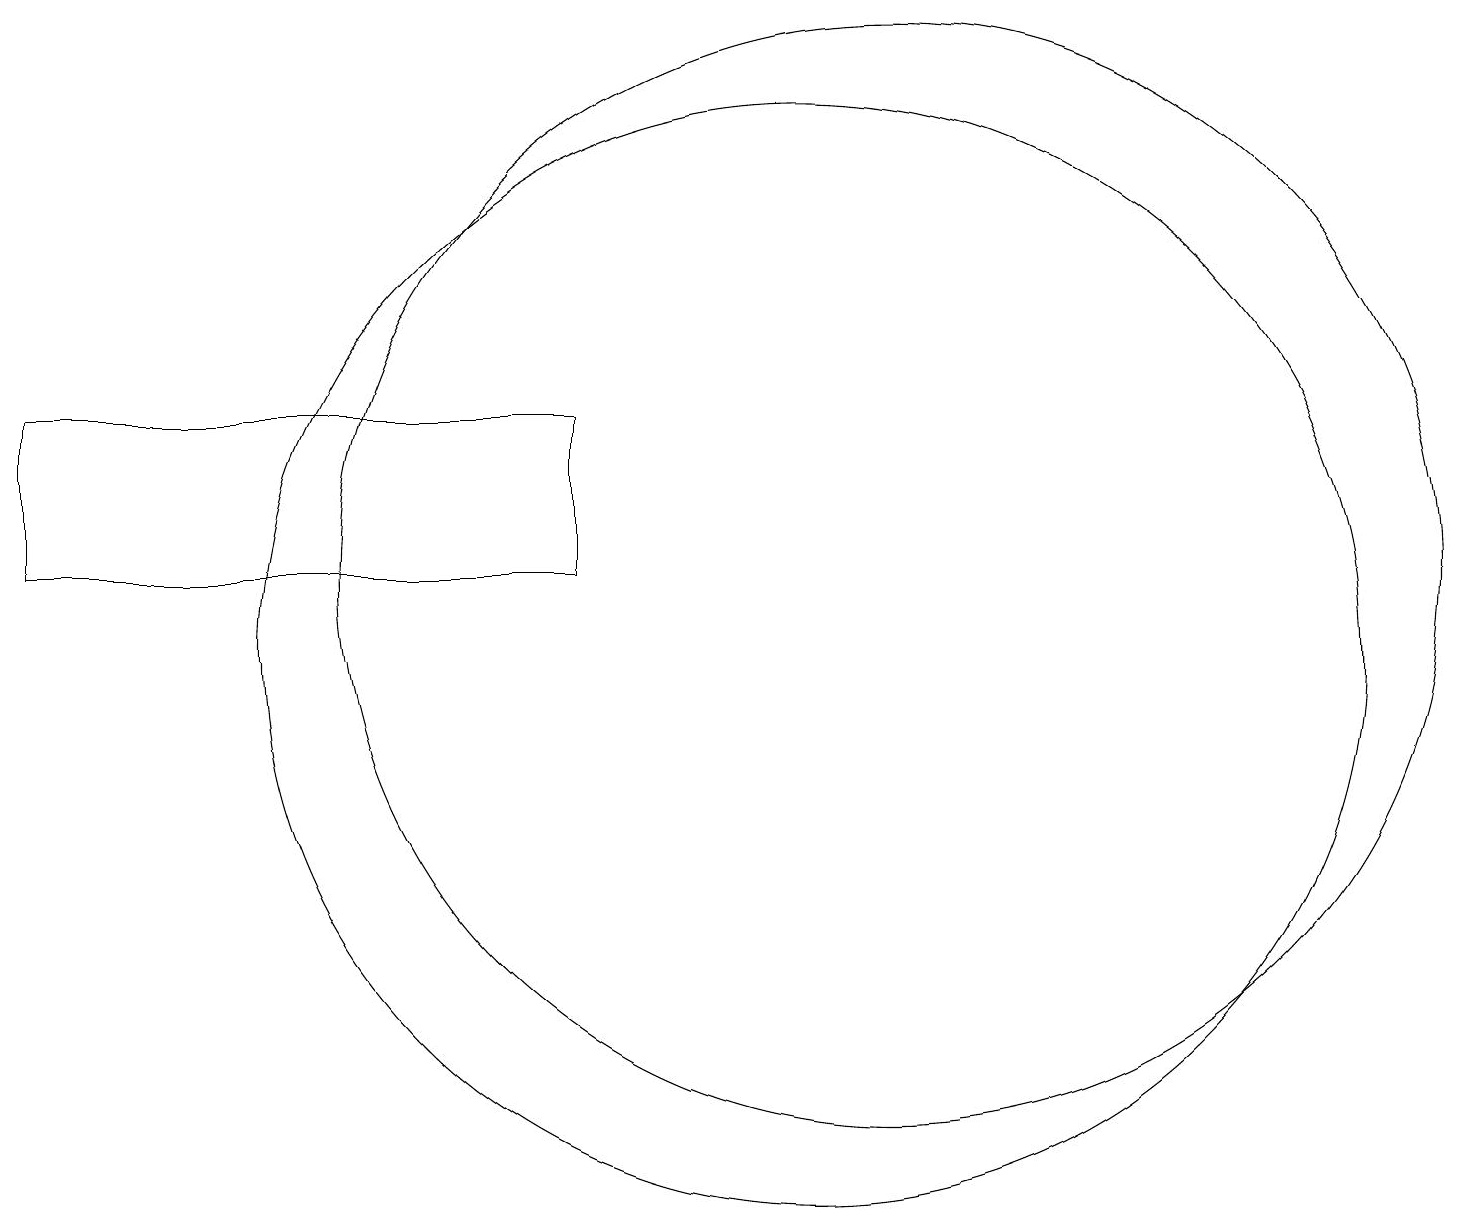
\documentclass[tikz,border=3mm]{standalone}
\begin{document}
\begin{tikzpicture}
\draw (12,11) circle (7);
\draw (11,10) circle (7);
\draw (8,13) rectangle (1,11);
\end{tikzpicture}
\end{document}